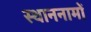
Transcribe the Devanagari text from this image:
स्थाननामों